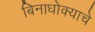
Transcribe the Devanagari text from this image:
बिनाधोक्याचे